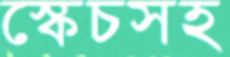
স্কেচসহ